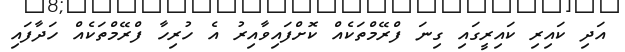
އަދި ކައިރި ކައިރީގައި ގިނަ ފްރޭމްތަކެއް ކޮށްފައިވާއިރު އެ ހުރިހާ ފްރޭމްތަކެއް ހަދާފައި